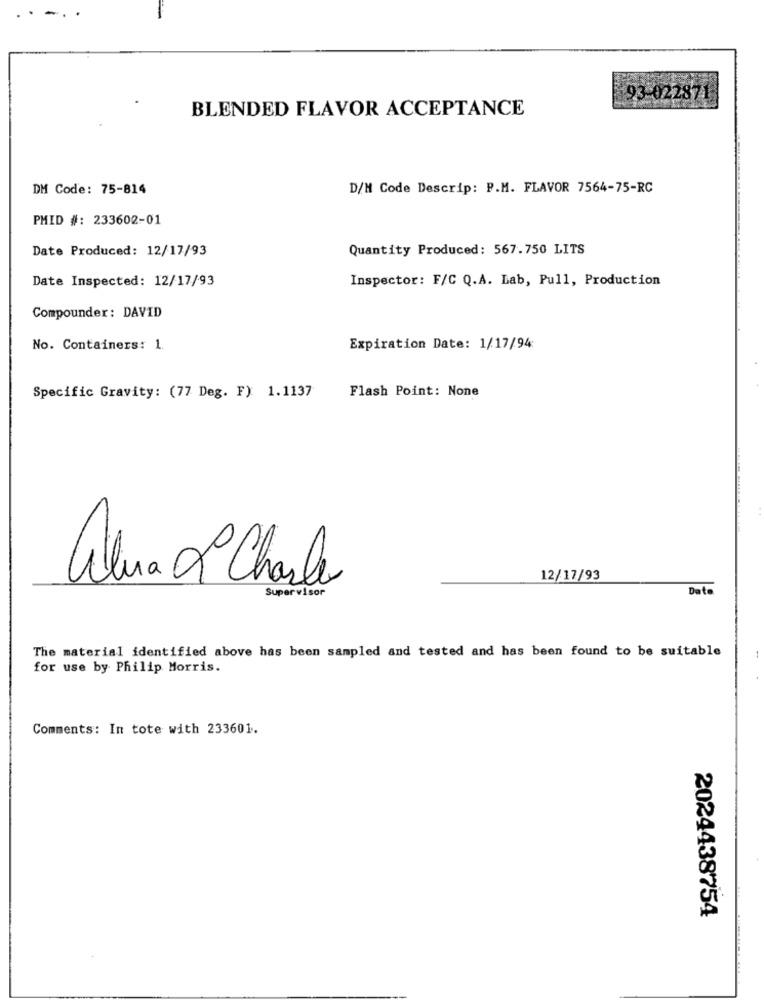
93-022871
BLENDED FLAVOR ACCEPTANCE
DM Code: 75-814
D/M Code Descrip: P.M. FLAVOR 7564-75-RC
PMID #: 233602-01
Date Produced: 12/17/93
Quantity Produced: 567.750 LITS
Date Inspected: 12/17/93
Inspector: F/C Q.A. Lab, Pull, Production
Compounder: DAVID
No. Containers: 1.
Expiration Date: 1/17/94
Flash Point: None
Specific Gravity: (77 Deg. F) 1.1137
Alina 2º Charle
12/17/93
Supervisor
Date
The material identified above has been sampled and tested and has been found to be suitable
for use by Philip Morris.
Comments: In tote with 233601.
2024438754